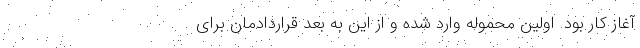
آغاز کار بود. اولین محموله وارد شده و از این به بعد قراردادمان برای